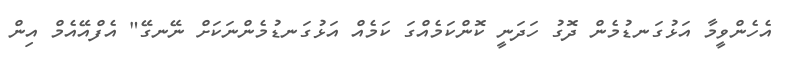
އެހެންވީމާ އަޅުގަނޑުމެން ދޮގު ހަދަނީ ކޮންކަމެއްގަ ކަމެއް އަޅުގަނޑުމެންނަކަށް ނޭނގޭ" އެފްއޭއެމް އިން